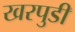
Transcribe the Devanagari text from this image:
खरपुडी